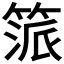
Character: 𥯠